Report of the Municipal Commissioner on the plague in Bombay for the year ending 31st May... - Volume 3
Disease focus: Plague
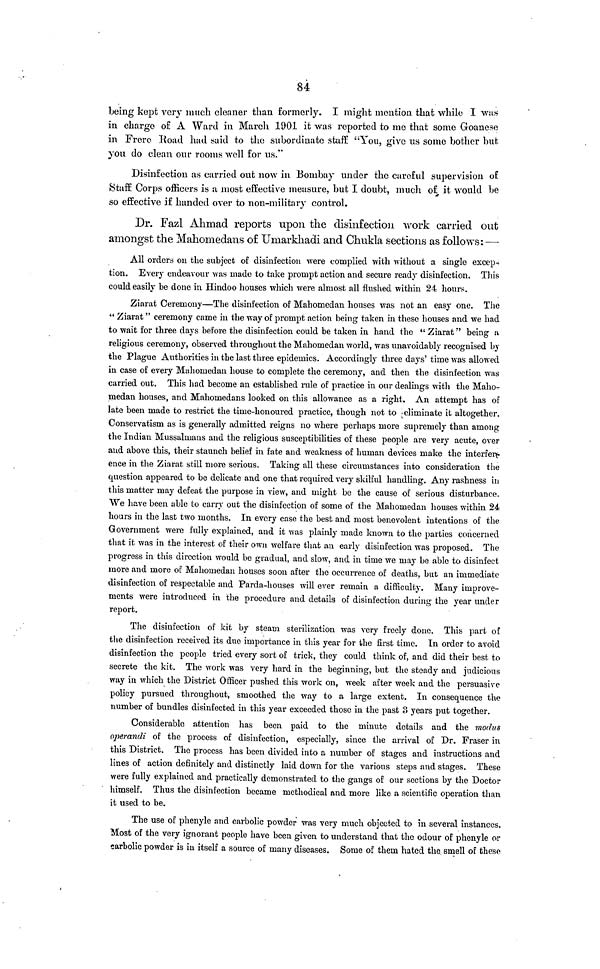
84
being kept very much cleaner than formerly. I might mention that while I was
in charge o£ A Ward in March 1901 it was reported to me that some Goanese
in Frere Road had said to the subordinate staff "You, give us some bother but
you do clean our rooms well for us."
Disinfection as carried out now in Bombay under the careful supervision of
Staff Corps officers is a most effective measure, but I doubt, much of it would be
so effective if handed over to non-military control.
Dr. Fazl Ahmad reports upon the disinfection work carried out
amongst the Mahomedans of Umarkhadi and Chukla sections as follows:—
All orders on the subject of disinfection were complied with without a single excep-
tion. Every endeavour was made to take prompt action and secure ready disinfection. This
could easily be done in Hindoo houses which were almost all flushed within 24 hours.
Ziarat Ceremony—The disinfection of Mahomedan houses was not an easy one. The
"Ziarat " ceremony came in the way of prompt action being taken in these houses and we had
to wait for three days before the disinfection could be taken in hand the "Ziarat" being a
religious ceremony, observed throughout the Mahomedan world, was unavoidably recognised by
the Plague Authorities in the last three epidemics. Accordingly three days' time was allowed
in case of every Mahomedan house to complete the ceremony, and then the disinfection was
carried out. This had become an established rule of practice in our dealings with the Maho-
medan houses, and Mahomedans looked on this allowance as a right. An attempt has of
late been made to restrict the time-honoured practice, though not to eliminate it altogether.
Conservatism as is generally admitted reigns no where perhaps more supremely than among
the Indian Mussalmans and the religious susceptibilities of these people are very acute, over
and above this, their staunch belief in fate and weakness of human devices make the interfer-
ence in the Ziarat still more serious. Taking all these circumstances into consideration the
question appeared to be delicate and one that required very skilful handling. Any rashness in
this matter may defeat the purpose in view, and might be the cause of serious disturbance.
We have been able to carry out the disinfection of some of the Mahomedan houses within 24
hours in the last two months. In every case the best and most benevolent intentions of the
Government were fully explained, and it was plainly made known to the parties concerned
that it was in the interest of their own welfare that an early disinfection was proposed. The
progress in this direction would be gradual, and slow, and in time we may be able to disinfect
more and more of Mahomedan houses soon after the occurrence of deaths, but an immediate
disinfection of respectable and Parda-houses will ever remain a difficulty. Many improve-
ments were introduced in the procedure and details of disinfection during the year under
report.
The disinfection of kit by steam sterilization was very freely done. This part of
the disinfection received its due importance in this year for the first time. In order to avoid
disinfection the people tried every sort of trick, they could think of, and did their best to
secrete the kit. The work was very hard in the beginning, but the steady and judicious
way in which the District Officer pushed this work on, week after week and the persuasive
policy pursued throughout, smoothed the way to a large extent. In consequence the
number of bundles disinfected in this year exceeded those in the past 3 years put together.
Considerable attention has been paid to the minute details and the modus
operandi of the process of disinfection, especially, since the arrival of Dr. Fraser in
this District. The process has been divided into a number of stages and instructions and
lines of action definitely and distinctly laid down for the various steps and stages. These
were fully explained and practically demonstrated to the gangs of our sections by the Doctor
himself. Thus the disinfection became methodical and more like a scientific operation than
it used to be.
The use of phenyle and carbolic powder was very much objected to in several instances.
Most of the very ignorant people have been given to understand that the odour of phenyle or
carbolic powder is in itself a source of many diseases. Some of them hated the smell of these